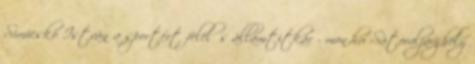
Simicskó István a sportért felelős államtitkár - mon.hu Sátoraljaújhely